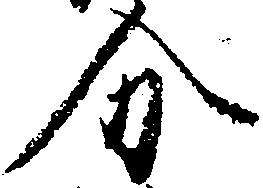
分